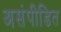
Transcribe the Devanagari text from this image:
असंपीडित